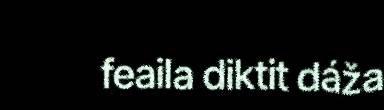
feaila diktit dáža